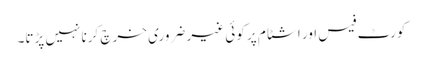
کورٹ فیس اور اشٹام پر کوئی غیر ضروری خرچ کرنا نہیں پڑتا۔